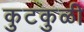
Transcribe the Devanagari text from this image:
कुटकुळी